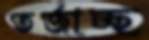
তর্জাচ্ছ